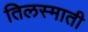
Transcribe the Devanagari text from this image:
तिलस्माती